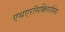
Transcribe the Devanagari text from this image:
एथएरॉसक्लिरॉसेस